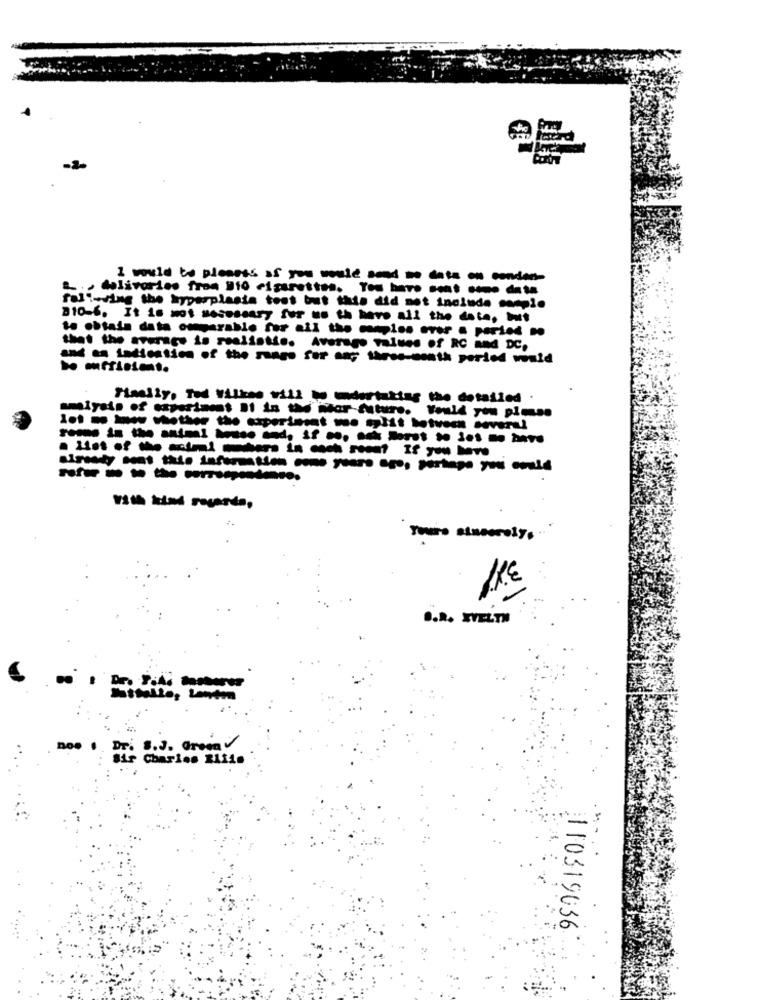
I would to pleness of you would send to data on conden-
- delivories from 10 cigarettes. You have set -me data
faliwring the hyperplasia test but this did not include comple
810-6. It is not necessary fur us th have all the date, but
to obtaia data omparable for all the miss mer . perint no
that the average is realistis. Average values of RC and DC,
and as indication of the mungo for an; thres-month period would
Finally, Ted Vilken will be undertaking the detailed .
some is the mimi base and, if co. och De
Yours stumerely,
.. R. XVELTH
noo . Dr. S.J. Grom/
Charles Riffs
...
:110319636